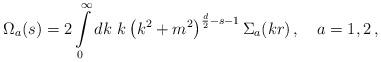
LaTeX: \begin{align*} \Omega_a(s)=2\int\limits_0^\infty dk\,\,k\left(k^2+m^2\right)^ {\frac d2-s-1}{\Sigma}_a(kr)\,,\quad a=1,2\,,\end{align*}